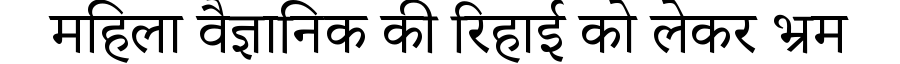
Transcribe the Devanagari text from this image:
महिला वैज्ञानिक की रिहाई को लेकर भ्रम